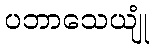
ပဘာသေယျုံ